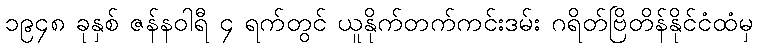
၁၉၄၈ ခုနှစ် ဇန်နဝါရီ ၄ ရက်တွင် ယူနိုက်တက်ကင်းဒမ်း ဂရိတ်ဗြိတိန်နိုင်ငံထံမှ